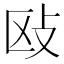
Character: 𰕅